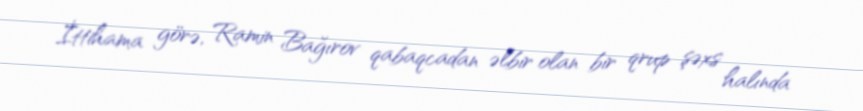
İttihama görə, Ramin Bağırov qabaqcadan əlbir olan bir qrup şəxs halında